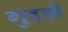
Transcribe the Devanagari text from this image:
गुइडो